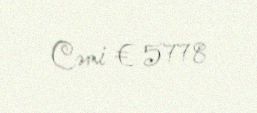
Cəmi € 5778